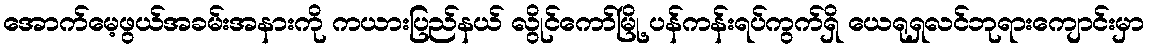
အောက်မေ့ဖွယ်အခမ်းအနားကို ကယားပြည်နယ် လွိုင်ကော်မြို့ ပန်ကန်းရပ်ကွက်ရှိ ယေရုရှလင်ဘုရားကျောင်းမှာ